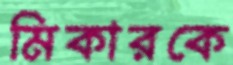
মিকারকে